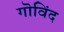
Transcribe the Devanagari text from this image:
गॊविंद